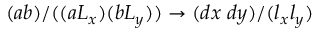
( a b ) / ( ( a L _ { x } ) ( b L _ { y } ) ) \rightarrow ( d x \; d y ) / ( l _ { x } l _ { y } )